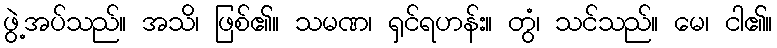
ဖွဲ့အပ်သည်။ အသိ၊ ဖြစ်၏။ သမဏ၊ ရှင်ရဟန်း။ တွံ၊ သင်သည်။ မေ၊ ငါ၏။